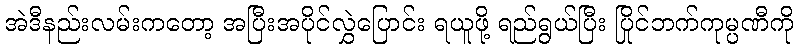
အဲဒီနည်းလမ်းကတော့ အပြီးအပိုင်လွှဲပြောင်း ရယူဖို့ ရည်ရွယ်ပြီး ပြိုင်ဘက်ကုမ္ပဏီကို